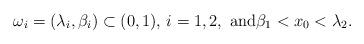
LaTeX: \begin{align*}\omega_i=(\lambda_i,\beta_i) \subset (0,1), \, i=1,2, \mbox{ and$\beta_1 < x_0< \lambda_2$}.\end{align*}